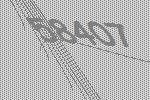
58407